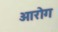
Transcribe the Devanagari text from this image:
ओरोग